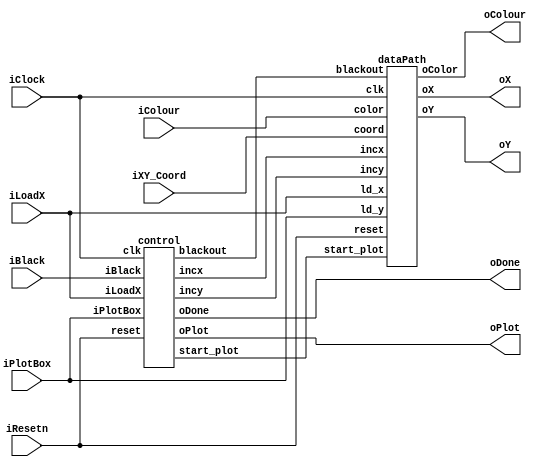
//
// This is the template for Part 2 of Lab 7.
//
// Paul Chow
// November 2021
//

module part2(iResetn,iPlotBox,iBlack,iColour,iLoadX,iXY_Coord,iClock,oX,oY,oColour,oPlot,oDone);
   parameter X_SCREEN_PIXELS = 8'd160;
   parameter Y_SCREEN_PIXELS = 7'd120;

   input wire iResetn, iPlotBox, iBlack, iLoadX;
   input wire [2:0] iColour;
   input wire [6:0] iXY_Coord;
   input wire iClock;
   output wire [7:0] oX;          // VGA pixel coordinates
   output wire [6:0] oY;

   output wire [2:0] oColour;     // VGA pixel colour (0-7)
   output wire oPlot;       		 // Pixel draw enable
   output wire oDone;       		 // goes high when finished drawing frame

   //
   // Your code goes here
	wire blackout, start_plot;
	wire [7:0] incx;
	wire [6:0] incy;
	
	control c0(
			.clk(iClock), 
			.reset(iResetn), 
			.iLoadX(iLoadX), 
			.iPlotBox(iPlotBox), 
			.iBlack(iBlack), 
			.blackout(blackout), 
			.start_plot(start_plot), 
			.oPlot(oPlot), 
			.oDone(oDone),
			.incx(incx),
			.incy(incy)
	);
			
	dataPath d0(
			.clk(iClock), 
			.reset(iResetn), 
			.color(iColour), 
			.coord(iXY_Coord), 
			.ld_x(iLoadX), 
			.ld_y(iPlotBox), 
			.blackout(blackout), 
			.start_plot(start_plot), 
			.oX(oX), 
			.oY(oY), 
			.oColor(oColour),
			.incx(incx),
			.incy(incy)
   );
   //

endmodule // part2

module control (clk, reset, iLoadX, iPlotBox, iBlack, blackout, start_plot, oPlot, oDone, incx, incy);

	input clk, reset, iLoadX, iPlotBox, iBlack;
	output reg blackout, start_plot, oPlot, oDone;
	output reg [7:0] incx;
	output reg [6:0] incy;
	
	reg [3:0] PS, NS;
	
	localparam  iReset        = 4'd0,
               LoadX   	  = 4'd1,
               WaitX    = 4'd2,
               LoadYC     = 4'd3,
               WaitYC     = 4'd4,
					Plot			  = 4'd5,
					Black	  = 4'd6,
					Done		  = 4'd7,
					BlackPlot	 = 4'd8;
					
	//state table
	always@(*)
		begin
			case (PS)
				iReset: NS <= iLoadX ? LoadX : iReset;
				LoadX: NS <= iLoadX ? LoadX : WaitX;
				WaitX: NS <= iPlotBox ? LoadYC : WaitX;
				LoadYC: NS <= iPlotBox ? LoadYC : WaitYC;
				WaitYC: NS <= Plot;
				Plot: 
					begin
						if (incx == 8'd3 && incy == 7'd3)
							NS <= Done;
						else
							NS <= Plot;
					end
				Done: NS <= iLoadX ? LoadX : Done;
				Black: NS <= BlackPlot;
				BlackPlot: 
					begin
						if (incx == 8'd159 && incy == 7'd119)
							NS <= Done;
						else
							NS <= BlackPlot;
					end
			default: NS <= iReset;
			endcase
		end
		
	always @(posedge clk)
		begin
			
			case (PS)
				iReset: begin
					oDone <= 0;
					oPlot <= 0;
					incx <= 0;
					incy <= 0;
					blackout <= 0;
					start_plot <= 0;
				end
				WaitYC: begin
					start_plot <= 1;
				end
				Plot: begin
					oPlot	<= 1;
					begin
						if (incx < 3) 
						begin
							incx <= incx + 1;
						end
						else 
						begin
							incy <= incy + 1;
							incx <= 0;
						end
					end
				end
				Done: 
				begin
					start_plot <= 0;
					oPlot <= 0;
					oDone <= 1;
					blackout <= 0;
					incx <= 0;
					incy <= 0;
				end
				Black: 
				begin
					start_plot <= 1;
					oPlot <= 0;
					oDone <= 0;
					blackout <= 1;
				end
				BlackPlot: 
				begin
					oPlot <= 1;
					begin
						if (incx < 159) 
						begin
							incx <= incx + 1;
						end
						else 
						begin
							incy <= incy + 1;
							incx <= 0;
						end
					end
				end
			endcase
		end
	
	always @(posedge clk)
		begin
		
			if (reset == 0) 
			begin
				PS <= iReset;
			end
			else if (iBlack && !blackout) 
			begin
				PS <= Black;
			end
			else 
			begin
				PS <= NS;
			end
		end
		
endmodule
					
		
	
	

module dataPath (clk, reset, color, coord, ld_x, ld_y, blackout, start_plot, oX, oY, oColor, incx, incy);

	input clk, reset, ld_x, ld_y, blackout, start_plot;
	input [2:0] color;
	input [6:0] coord;
	input [7:0] incx;
	input [6:0] incy;
	
	output reg [7:0] oX;
	output reg [6:0] oY;
	output reg [2:0] oColor;
	
	reg [7:0] x;
	reg [6:0] y;
	reg [2:0] c;
	
	
	always @(posedge clk) 
		begin
			if (!reset) 
				begin
					x <= 8'd0;
					y <= 7'd0;
					c <= 3'd0;
				end
			else if (blackout) 
				begin
					x <= 8'd0;
					y <= 8'd0;
					c <= 3'd0;
				end
			else 
				begin
					if (ld_x) 
						begin
							x <= {1'b0, coord};
						end
					if (ld_y) 
						begin
							y <= coord;			
							c <= color;
						end
				end
		end
		
	always @(posedge clk)
		begin
			
		if (!reset) 
			begin
				oX <= 8'd0;
				oY <= 7'd0;
				oColor <= 3'd0;
			end
		else if (start_plot) 
			begin		
				oX <= x + incx;
				oY <= y + incy;
				oColor <= c;
			end

		end
		
endmodule